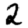
Digit: 2